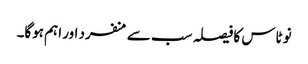
نو ٹاس کا فیصلہ سب سے منفرد اور اہم ہوگا۔